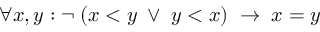
\forall x , y : \neg \; ( x < y \; \vee \; y < x ) \; \to \; x = y